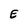
Character: E